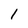
Character: 1